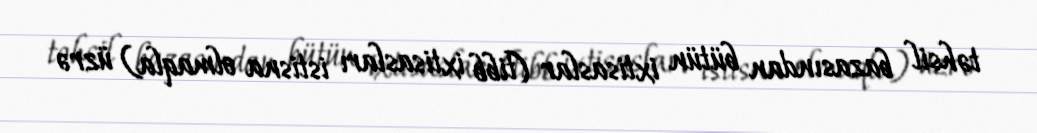
təhsil bazasından bütün ixtisaslar (tibb ixtisasları istisna olmaqla) üzrə